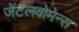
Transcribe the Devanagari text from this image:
जेंटलवोमेन्स